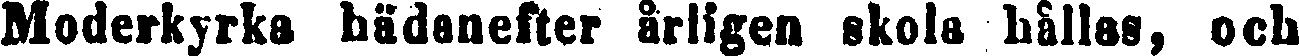
Moderkyrka hädanefter årligen skola hålles, och